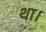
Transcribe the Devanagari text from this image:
था।